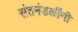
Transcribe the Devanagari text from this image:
संतमंडळींनी